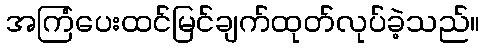
အကြံပေးထင်မြင်ချက်ထုတ်လုပ်ခဲ့သည်။